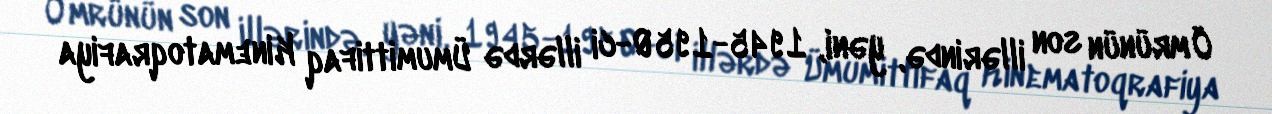
Ömrünün son illərində, yəni, 1945-1950-ci illərdə Ümumittifaq Kinematoqrafiya